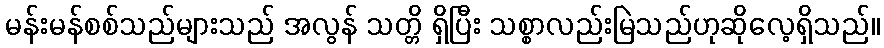
မန်းမန်စစ်သည်များသည် အလွန် သတ္တိ ရှိပြီး သစ္စာလည်းမြဲသည်ဟုဆိုလေ့ရှိသည်။